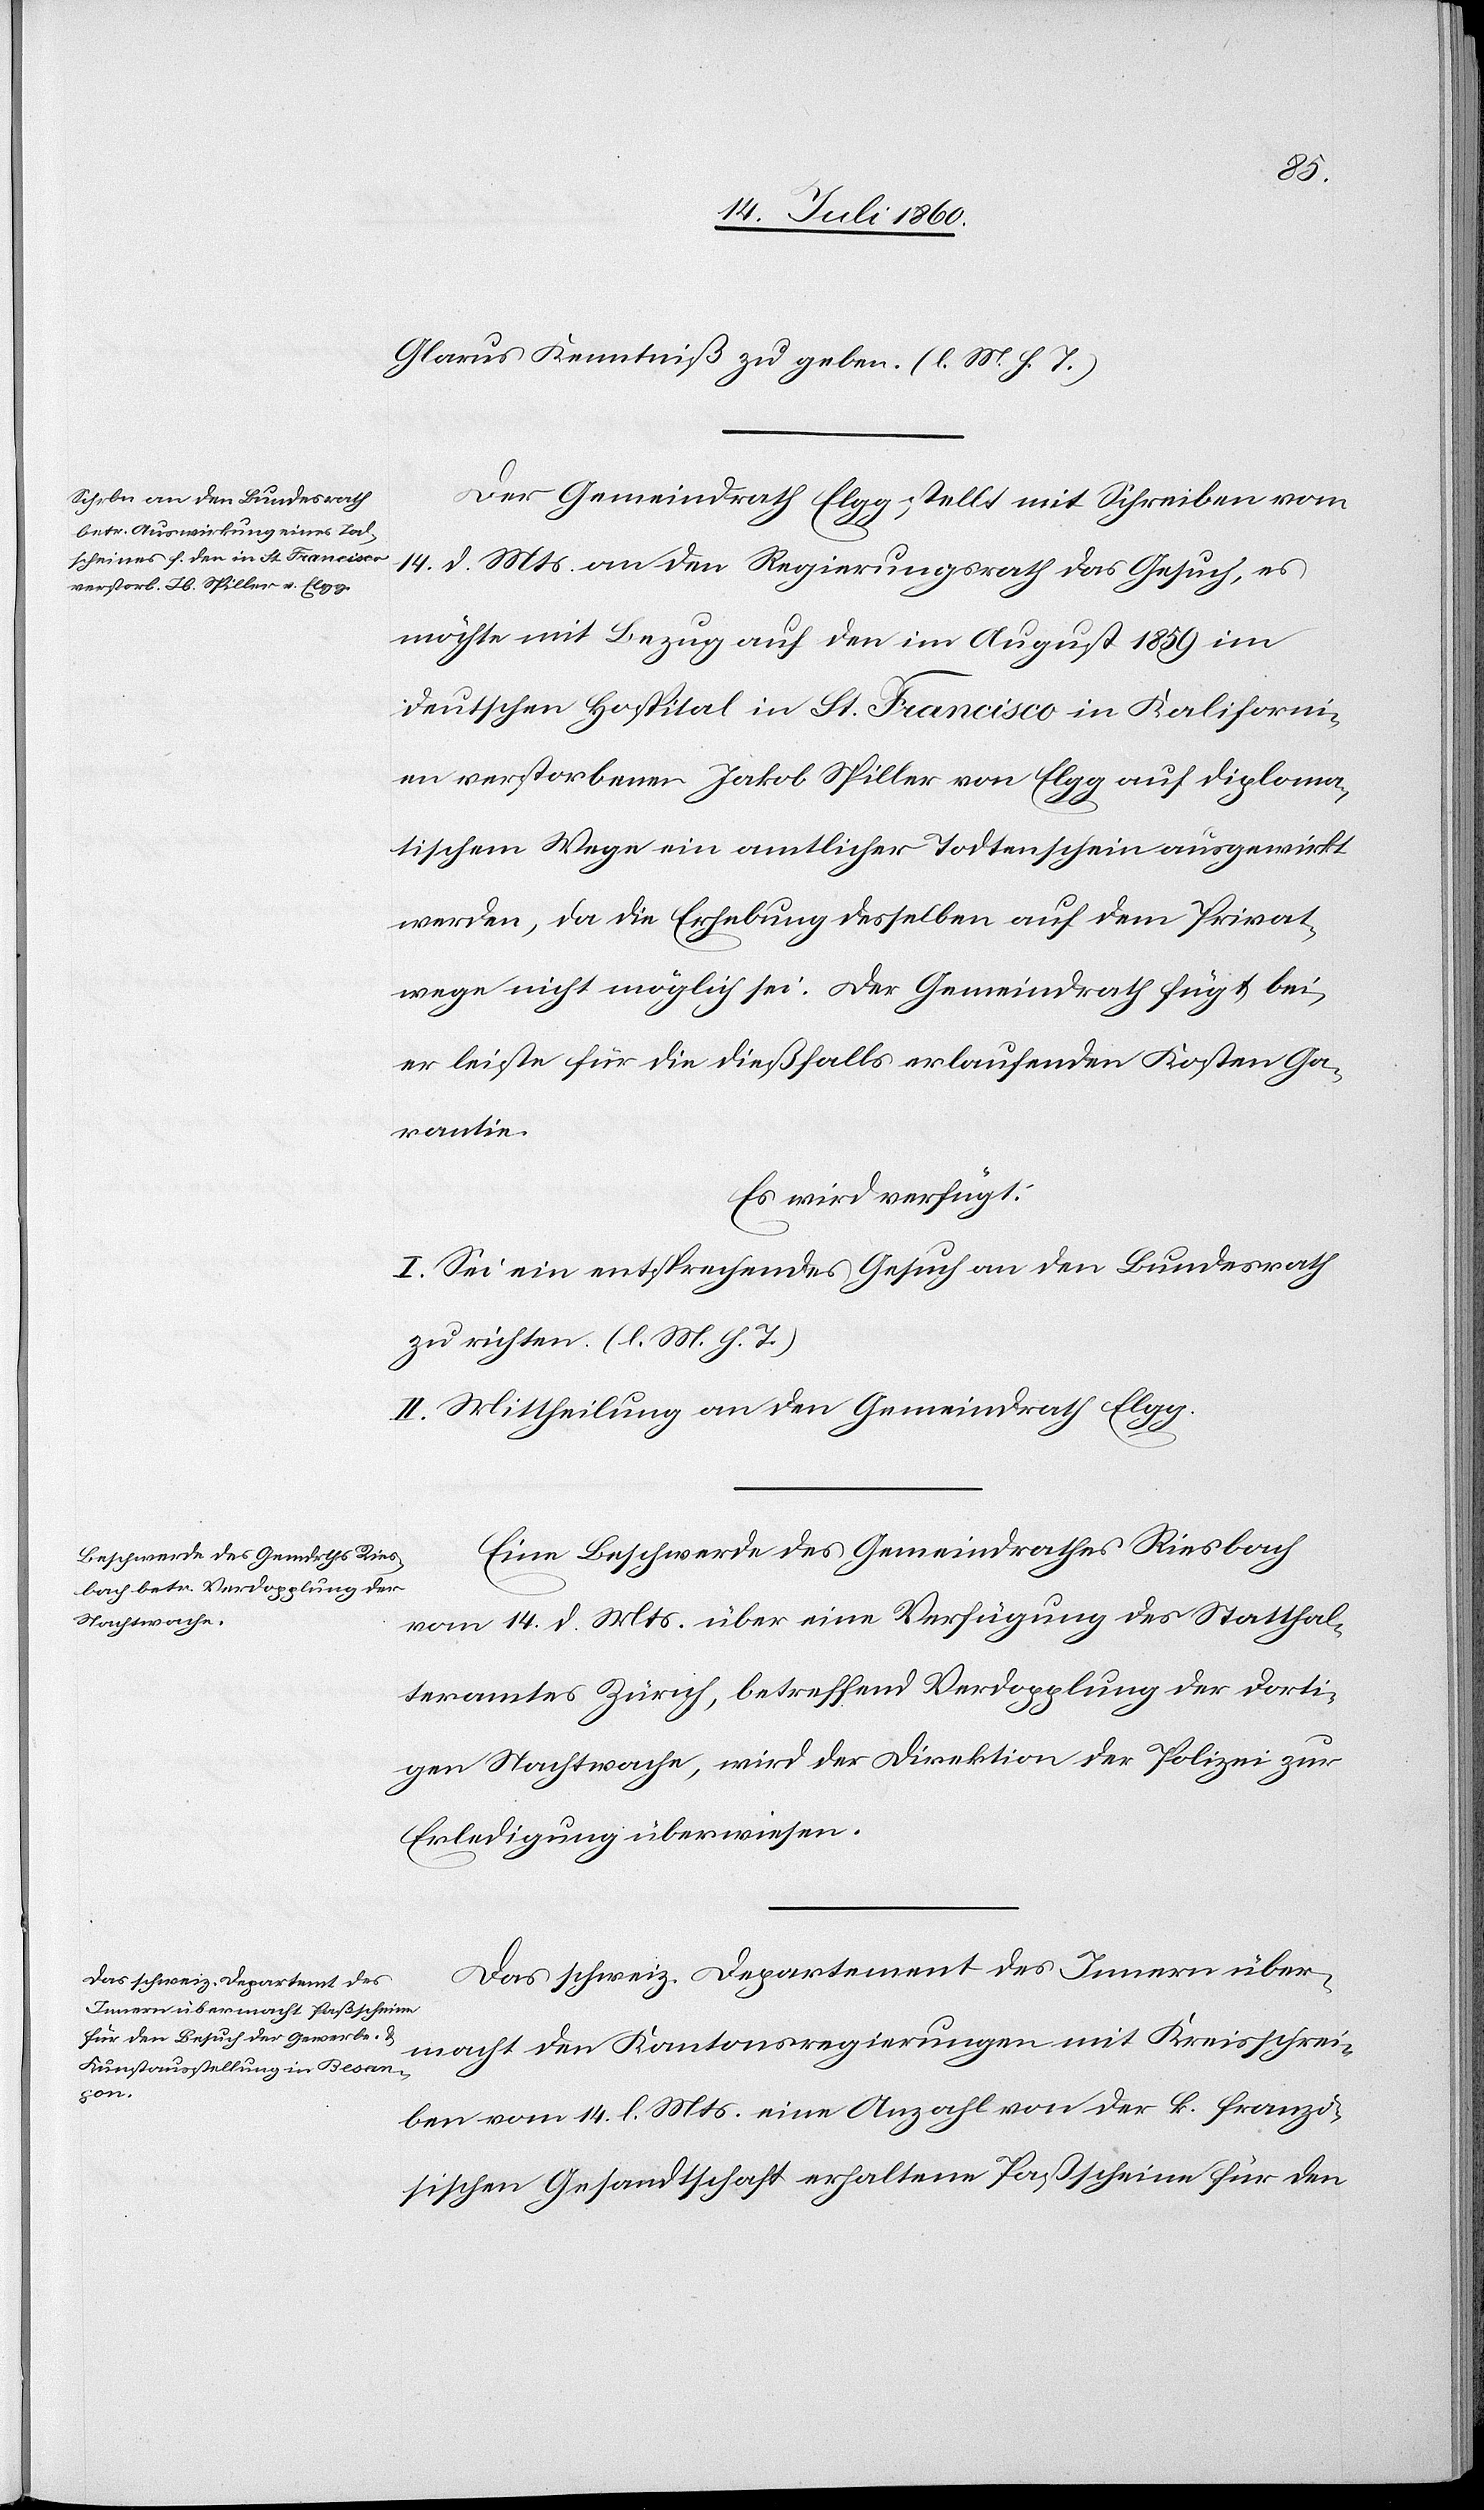
16. Juli 1860.]
Glarus Kenntniß zu geben. (l. M. h. T.)
Der Gemeindrath Elgg stellt mit Schreiben vom
14. d. Mts. an den Regierungsrath das Gesuch, es
möchte mit Bezug auf den im August 1859 im
deutschen Hospital in St. Francisco in Kaliforni¬
en verstorbenen Jakob Spiller von Elgg auf diploma¬
tischem Wege ein amtlicher Todtenschein ausgewirkt
werden, da die Erhebung desselben auf dem Privat¬
wege nicht möglich sei. Der Gemeindrath fügt bei,
er leiste für die dießfalls erlaufenden Kosten Ga¬
rantie.
Es wird verfügt:
I. Sei ein entsprechendes Gesuch an den Bundesrath
zu richten. (l. M. h. T).
II. Mittheilung an den Gemeindrath Elgg.
Eine Beschwerde des Gemeindrathes Riesbach
vom 14. d. Mts. über eine Verfügung des Statthal¬
teramtes Zürich, betreffend Verdopplung der dorti¬
gen Nachtwache, wird der Direktion der Polizei zur
Erledigung überwiesen.
Das schweiz. Departement des Innern über¬
macht den Kantonsregierungen mit Kreisschrei¬
ben vom 14. l. Mts. eine Anzahl von der k. franzö¬
sischen Gesandtschaft erhaltene Paßscheine für den